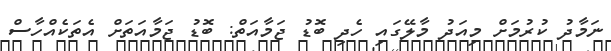
ނަމާދު ކުރުމަށް މިއަދު މާލޭގައި ހެދި ބޮޑު ޖަމާއަތް: ބޮޑު ޖަމާއަތަށް އެތަކެއްހާސް